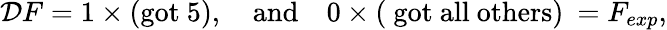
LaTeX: {\cal D}F=1\times\mathrm{(got~5)},\quad\mathrm{and}\quad 0\times\mathrm{(~got~all~others)}\: =F_{exp},